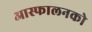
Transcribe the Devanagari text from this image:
आस्फालनको